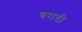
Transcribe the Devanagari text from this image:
बराडी